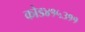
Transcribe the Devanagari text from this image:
कोड४१५३११